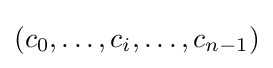
(c_{0},\ldots ,c_{i},\ldots ,c_{n-1})